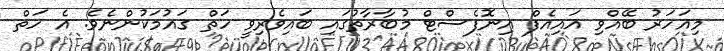
މިއަހަރު ބޭއްވި އައިއެފް އިނޮފެސްޓް މުބާރާތުގައި ބައިވެރިވީ ހަތް ގައުމަކުންނެވެ. އެ ހަތް